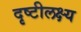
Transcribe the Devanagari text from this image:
दृष्टीलक्ष्य